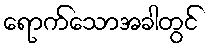
ရောက်သောအခါတွင်